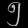
Digit: ၅